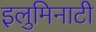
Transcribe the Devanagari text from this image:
इलुमिनाटी